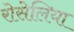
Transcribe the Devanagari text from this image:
रोसेलिया